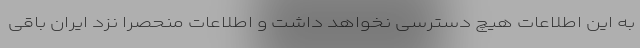
به این اطلاعات هیچ دسترسی نخواهد داشت و اطلاعات منحصرا نزد ایران باقی